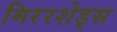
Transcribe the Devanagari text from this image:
मिररशेड्स